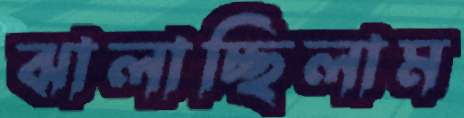
ঝালাচ্ছিলাম